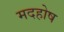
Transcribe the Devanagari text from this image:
मदहोष